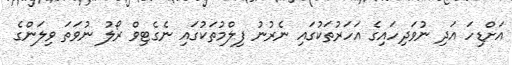
އަށްޑިހަ އަދި ނުވަދިހައިގެ އަހަރުތަކުގައި ނެރުނު ފިލްމުތަކުގައި ނެގެޓިވް ރޯލު ނުވަތަ ވިލަންގެ